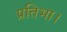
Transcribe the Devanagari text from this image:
प्रतिभा।